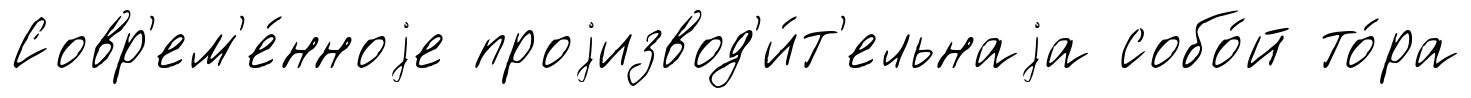
Совр'ем'е́нноjе проjизвод'и́т'ельнаjа собо́й то́ра